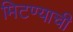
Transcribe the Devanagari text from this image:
मिटण्याची